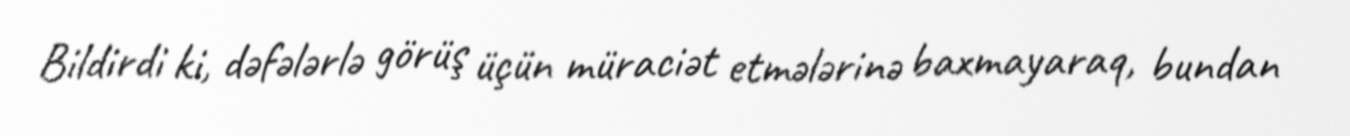
Bildirdi ki, dəfələrlə görüş üçün müraciət etmələrinə baxmayaraq, bundan